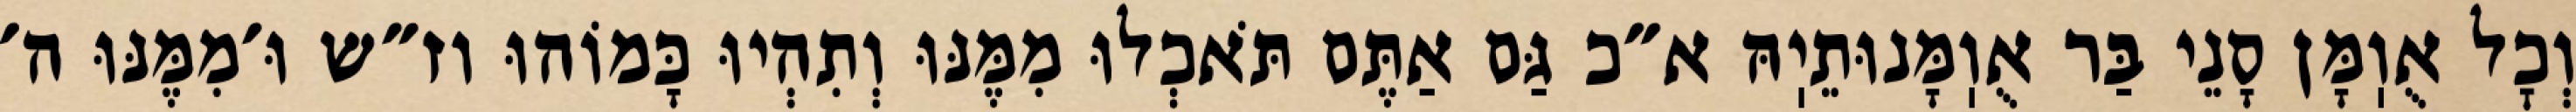
וְכׇל אֻוֽמָּן סָנֵי בַּר אֻוֽמָּנוּתֵיֽהּ א״כ גַּם אַתֶּם תֹּאכְלוּ מִמֶּנּוּ וְתִהְיוּ כָּמוֹהוּ וז״ש וּ׳מִמֶּנּוּ ה׳